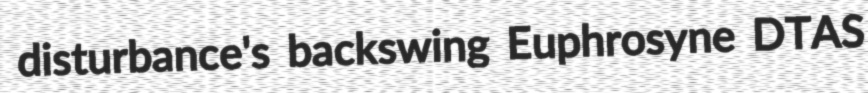
disturbance's backswing Euphrosyne DTAS